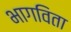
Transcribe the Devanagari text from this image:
भागविता